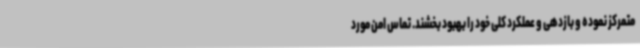
متمرکز نموده و بازدهی و عملکرد کلی خود را بهبود بخشند. تماس امن مورد